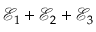
\mathscr { E } _ { 1 } + \mathscr { E } _ { 2 } + \mathscr { E } _ { 3 }